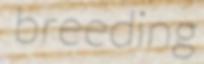
breeding